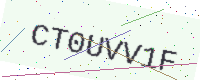
Text: CT0UVV1F